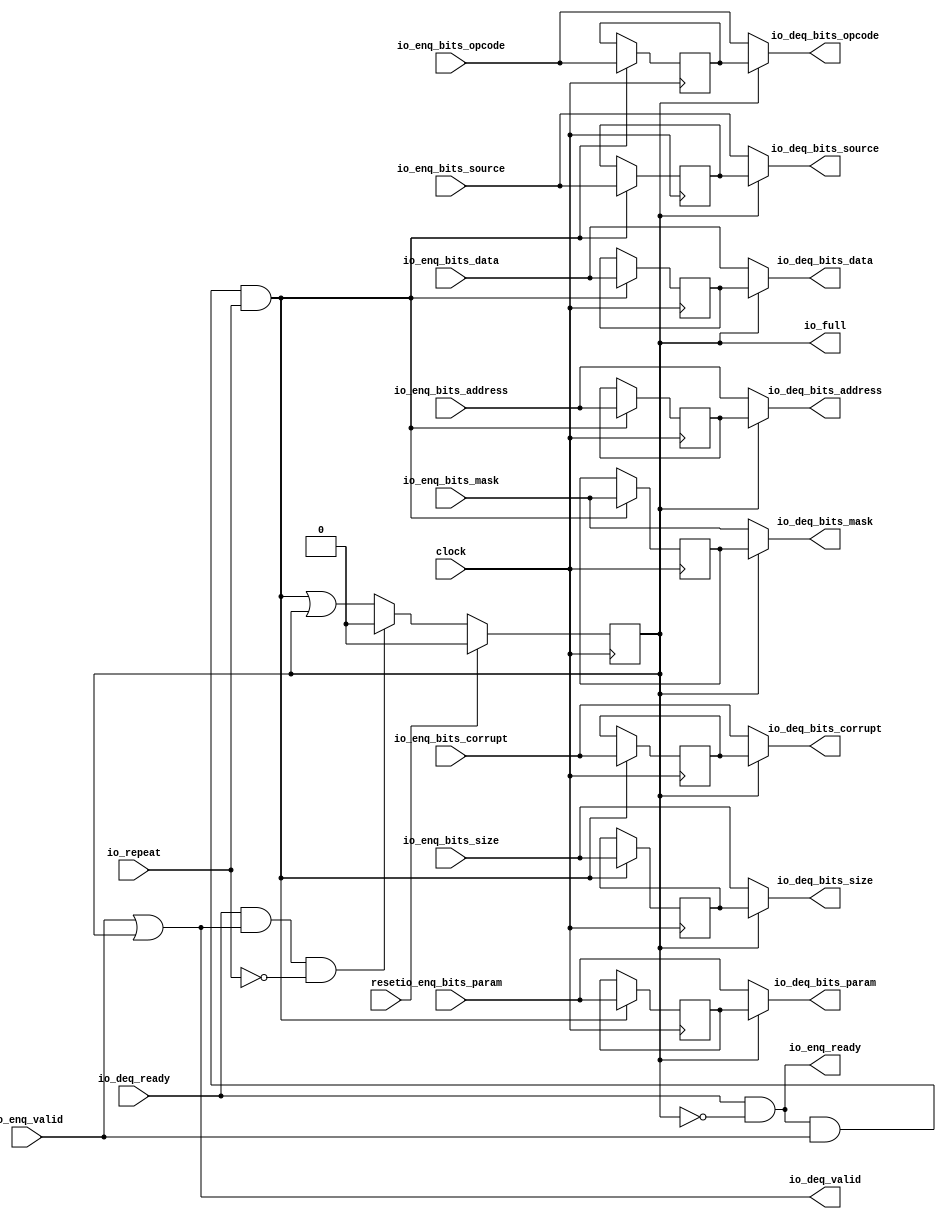
module Repeater(
  input         clock,
  input         reset,
  input         io_repeat,
  output        io_full,
  output        io_enq_ready,
  input         io_enq_valid,
  input  [2:0]  io_enq_bits_opcode,
  input  [2:0]  io_enq_bits_param,
  input  [2:0]  io_enq_bits_size,
  input  [4:0]  io_enq_bits_source,
  input  [14:0] io_enq_bits_address,
  input  [7:0]  io_enq_bits_mask,
  input  [63:0] io_enq_bits_data,
  input         io_enq_bits_corrupt,
  input         io_deq_ready,
  output        io_deq_valid,
  output [2:0]  io_deq_bits_opcode,
  output [2:0]  io_deq_bits_param,
  output [2:0]  io_deq_bits_size,
  output [4:0]  io_deq_bits_source,
  output [14:0] io_deq_bits_address,
  output [7:0]  io_deq_bits_mask,
  output [63:0] io_deq_bits_data,
  output        io_deq_bits_corrupt
);
`ifdef RANDOMIZE_REG_INIT
  reg [31:0] _RAND_0;
  reg [31:0] _RAND_1;
  reg [31:0] _RAND_2;
  reg [31:0] _RAND_3;
  reg [31:0] _RAND_4;
  reg [31:0] _RAND_5;
  reg [31:0] _RAND_6;
  reg [63:0] _RAND_7;
  reg [31:0] _RAND_8;
`endif // RANDOMIZE_REG_INIT
  reg  full; // @[Repeater.scala 19:21]
  reg [2:0] saved_opcode; // @[Repeater.scala 20:18]
  reg [2:0] saved_param; // @[Repeater.scala 20:18]
  reg [2:0] saved_size; // @[Repeater.scala 20:18]
  reg [4:0] saved_source; // @[Repeater.scala 20:18]
  reg [14:0] saved_address; // @[Repeater.scala 20:18]
  reg [7:0] saved_mask; // @[Repeater.scala 20:18]
  reg [63:0] saved_data; // @[Repeater.scala 20:18]
  reg  saved_corrupt; // @[Repeater.scala 20:18]
  wire  _T = io_enq_ready & io_enq_valid; // @[Decoupled.scala 40:37]
  wire  _GEN_0 = _T & io_repeat | full; // @[Repeater.scala 28:38 Repeater.scala 28:45 Repeater.scala 19:21]
  wire  _T_2 = io_deq_ready & io_deq_valid; // @[Decoupled.scala 40:37]
  assign io_full = full; // @[Repeater.scala 26:11]
  assign io_enq_ready = io_deq_ready & ~full; // @[Repeater.scala 24:32]
  assign io_deq_valid = io_enq_valid | full; // @[Repeater.scala 23:32]
  assign io_deq_bits_opcode = full ? saved_opcode : io_enq_bits_opcode; // @[Repeater.scala 25:21]
  assign io_deq_bits_param = full ? saved_param : io_enq_bits_param; // @[Repeater.scala 25:21]
  assign io_deq_bits_size = full ? saved_size : io_enq_bits_size; // @[Repeater.scala 25:21]
  assign io_deq_bits_source = full ? saved_source : io_enq_bits_source; // @[Repeater.scala 25:21]
  assign io_deq_bits_address = full ? saved_address : io_enq_bits_address; // @[Repeater.scala 25:21]
  assign io_deq_bits_mask = full ? saved_mask : io_enq_bits_mask; // @[Repeater.scala 25:21]
  assign io_deq_bits_data = full ? saved_data : io_enq_bits_data; // @[Repeater.scala 25:21]
  assign io_deq_bits_corrupt = full ? saved_corrupt : io_enq_bits_corrupt; // @[Repeater.scala 25:21]
  always @(posedge clock) begin
    if (reset) begin // @[Repeater.scala 19:21]
      full <= 1'h0; // @[Repeater.scala 19:21]
    end else if (_T_2 & ~io_repeat) begin // @[Repeater.scala 29:38]
      full <= 1'h0; // @[Repeater.scala 29:45]
    end else begin
      full <= _GEN_0;
    end
    if (_T & io_repeat) begin // @[Repeater.scala 28:38]
      saved_opcode <= io_enq_bits_opcode; // @[Repeater.scala 28:62]
    end
    if (_T & io_repeat) begin // @[Repeater.scala 28:38]
      saved_param <= io_enq_bits_param; // @[Repeater.scala 28:62]
    end
    if (_T & io_repeat) begin // @[Repeater.scala 28:38]
      saved_size <= io_enq_bits_size; // @[Repeater.scala 28:62]
    end
    if (_T & io_repeat) begin // @[Repeater.scala 28:38]
      saved_source <= io_enq_bits_source; // @[Repeater.scala 28:62]
    end
    if (_T & io_repeat) begin // @[Repeater.scala 28:38]
      saved_address <= io_enq_bits_address; // @[Repeater.scala 28:62]
    end
    if (_T & io_repeat) begin // @[Repeater.scala 28:38]
      saved_mask <= io_enq_bits_mask; // @[Repeater.scala 28:62]
    end
    if (_T & io_repeat) begin // @[Repeater.scala 28:38]
      saved_data <= io_enq_bits_data; // @[Repeater.scala 28:62]
    end
    if (_T & io_repeat) begin // @[Repeater.scala 28:38]
      saved_corrupt <= io_enq_bits_corrupt; // @[Repeater.scala 28:62]
    end
  end
// Register and memory initialization
`ifdef RANDOMIZE_GARBAGE_ASSIGN
`define RANDOMIZE
`endif
`ifdef RANDOMIZE_INVALID_ASSIGN
`define RANDOMIZE
`endif
`ifdef RANDOMIZE_REG_INIT
`define RANDOMIZE
`endif
`ifdef RANDOMIZE_MEM_INIT
`define RANDOMIZE
`endif
`ifndef RANDOM
`define RANDOM $random
`endif
`ifdef RANDOMIZE_MEM_INIT
  integer initvar;
`endif
`ifndef SYNTHESIS
`ifdef FIRRTL_BEFORE_INITIAL
`FIRRTL_BEFORE_INITIAL
`endif
initial begin
  `ifdef RANDOMIZE
    `ifdef INIT_RANDOM
      `INIT_RANDOM
    `endif
    `ifndef VERILATOR
      `ifdef RANDOMIZE_DELAY
        #`RANDOMIZE_DELAY begin end
      `else
        #0.002 begin end
      `endif
    `endif
`ifdef RANDOMIZE_REG_INIT
  _RAND_0 = {1{`RANDOM}};
  full = _RAND_0[0:0];
  _RAND_1 = {1{`RANDOM}};
  saved_opcode = _RAND_1[2:0];
  _RAND_2 = {1{`RANDOM}};
  saved_param = _RAND_2[2:0];
  _RAND_3 = {1{`RANDOM}};
  saved_size = _RAND_3[2:0];
  _RAND_4 = {1{`RANDOM}};
  saved_source = _RAND_4[4:0];
  _RAND_5 = {1{`RANDOM}};
  saved_address = _RAND_5[14:0];
  _RAND_6 = {1{`RANDOM}};
  saved_mask = _RAND_6[7:0];
  _RAND_7 = {2{`RANDOM}};
  saved_data = _RAND_7[63:0];
  _RAND_8 = {1{`RANDOM}};
  saved_corrupt = _RAND_8[0:0];
`endif // RANDOMIZE_REG_INIT
  `endif // RANDOMIZE
end // initial
`ifdef FIRRTL_AFTER_INITIAL
`FIRRTL_AFTER_INITIAL
`endif
`endif // SYNTHESIS
endmodule